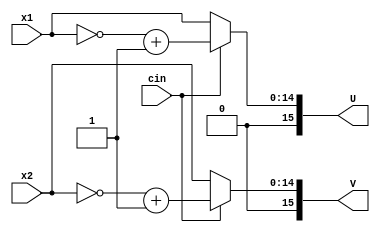
/* Estimator, if cin is 1, then complement of x1 and x2 are used 
 if cin is 0, then doesn't alter. Finally add(attach) a 0 to the head of the 
 x1 and x2, because then we can use the modules before without altering them */

module EST 
(
    input  wire cin,
    input  wire [14:0] x1,
    input  wire [14:0] x2,

    output wire [15:0] U,
    output wire [15:0] V
);  
    wire [14:0] tempU, tempV;
    assign tempU = cin ? ~x1+1 : x1;
    assign tempV = cin ? ~x2+1 : x2;
    assign  U = {1'b0, tempU };
    assign  V = {1'b0, tempV };

endmodule